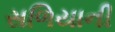
સળિયાની